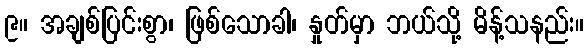
၉။ အချစ်ပြင်းစွာ၊ ဖြစ်သောခါ၊ နှုတ်မှာ ဘယ်သို့ မိန့်သနည်း။